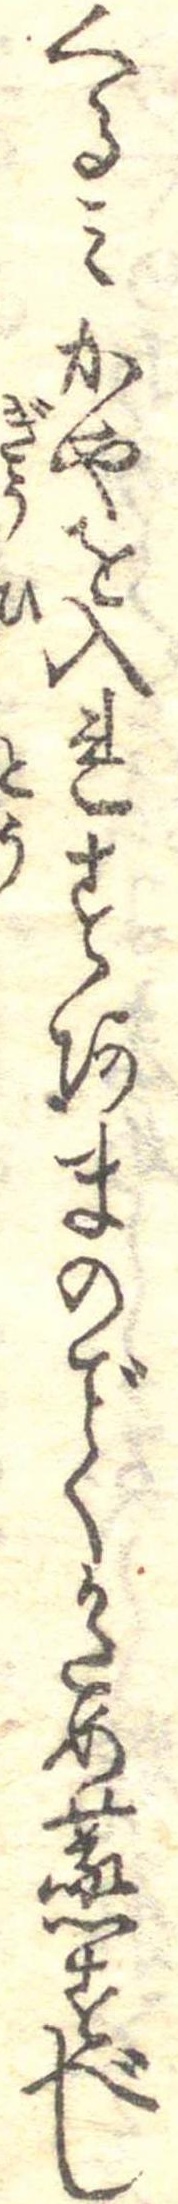
くるみかやを入れすあまのくかため蒸すべし